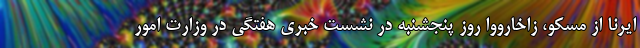
ایرنا از مسکو، زاخارووا روز پنجشنبه در نشست خبری هفتگی در وزارت امور